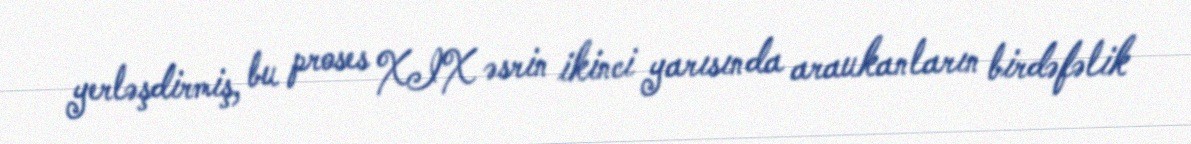
yerləşdirmiş, bu proses XIX əsrin ikinci yarısında araukanların birdəfəlik